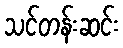
သင်တန်းဆင်း